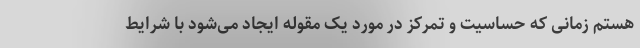
هستم زمانی که حساسیت و تمرکز در مورد یک مقوله ایجاد می‌شود با شرایط